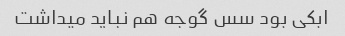
ابکی بود سس گوجه هم نباید میداشت